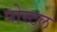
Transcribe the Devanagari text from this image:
पोस्‍टल